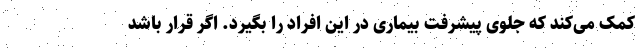
کمک می‌کند که جلوی پیشرفت بیماری در این افراد را بگیرد. اگر قرار باشد